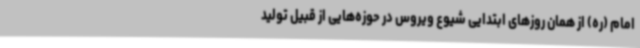
امام (ره) از همان روزهای ابتدایی شیوع ویروس در حوزه‌هایی از قبیل تولید